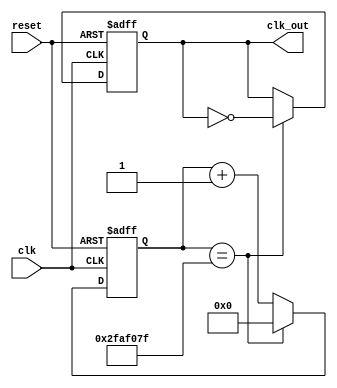
`timescale 1ns / 1ps
//////////////////////////////////////////////////////////////////////////////////
// Company: 
// Engineer: 
// 
// Design Name: 
// Module Name: ClockDiv
// Project Name: 
// Target Devices: 
// Tool Versions: 
// Description: 
// 
// Dependencies: 
// 
// Revision:
// Revision 0.01 - File Created
// Additional Comments:
// 
//////////////////////////////////////////////////////////////////////////////////


module ClockDiv
#(parameter n = 50000000) //10000
(input clk, reset, output reg clk_out);

parameter WIDTH = $clog2(n);
reg [WIDTH-1:0] count;
// Big enough to hold the maximum possible value// Increment count
always @ (posedge clk, posedge reset) begin
if (reset == 1'b1) // Asynchronous Reset  count <= 32'b0;
    count <= 32'b0;

else if (count == n-1)
     count <= 32'b0;
else
    count <= count + 1;
end
// Handle the output clock
always @ (posedge clk, posedge reset) begin
if (reset) // Asynchronous Reset
    clk_out <= 0;
else if (count == n-1)
    clk_out <= ~ clk_out;
end

endmodule